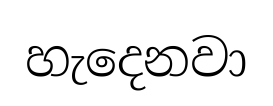
හැදෙනවා